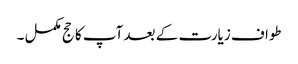
طواف زیارت کے بعد آپ کا حج مکمل ۔